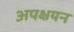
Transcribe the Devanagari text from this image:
अपक्षयन